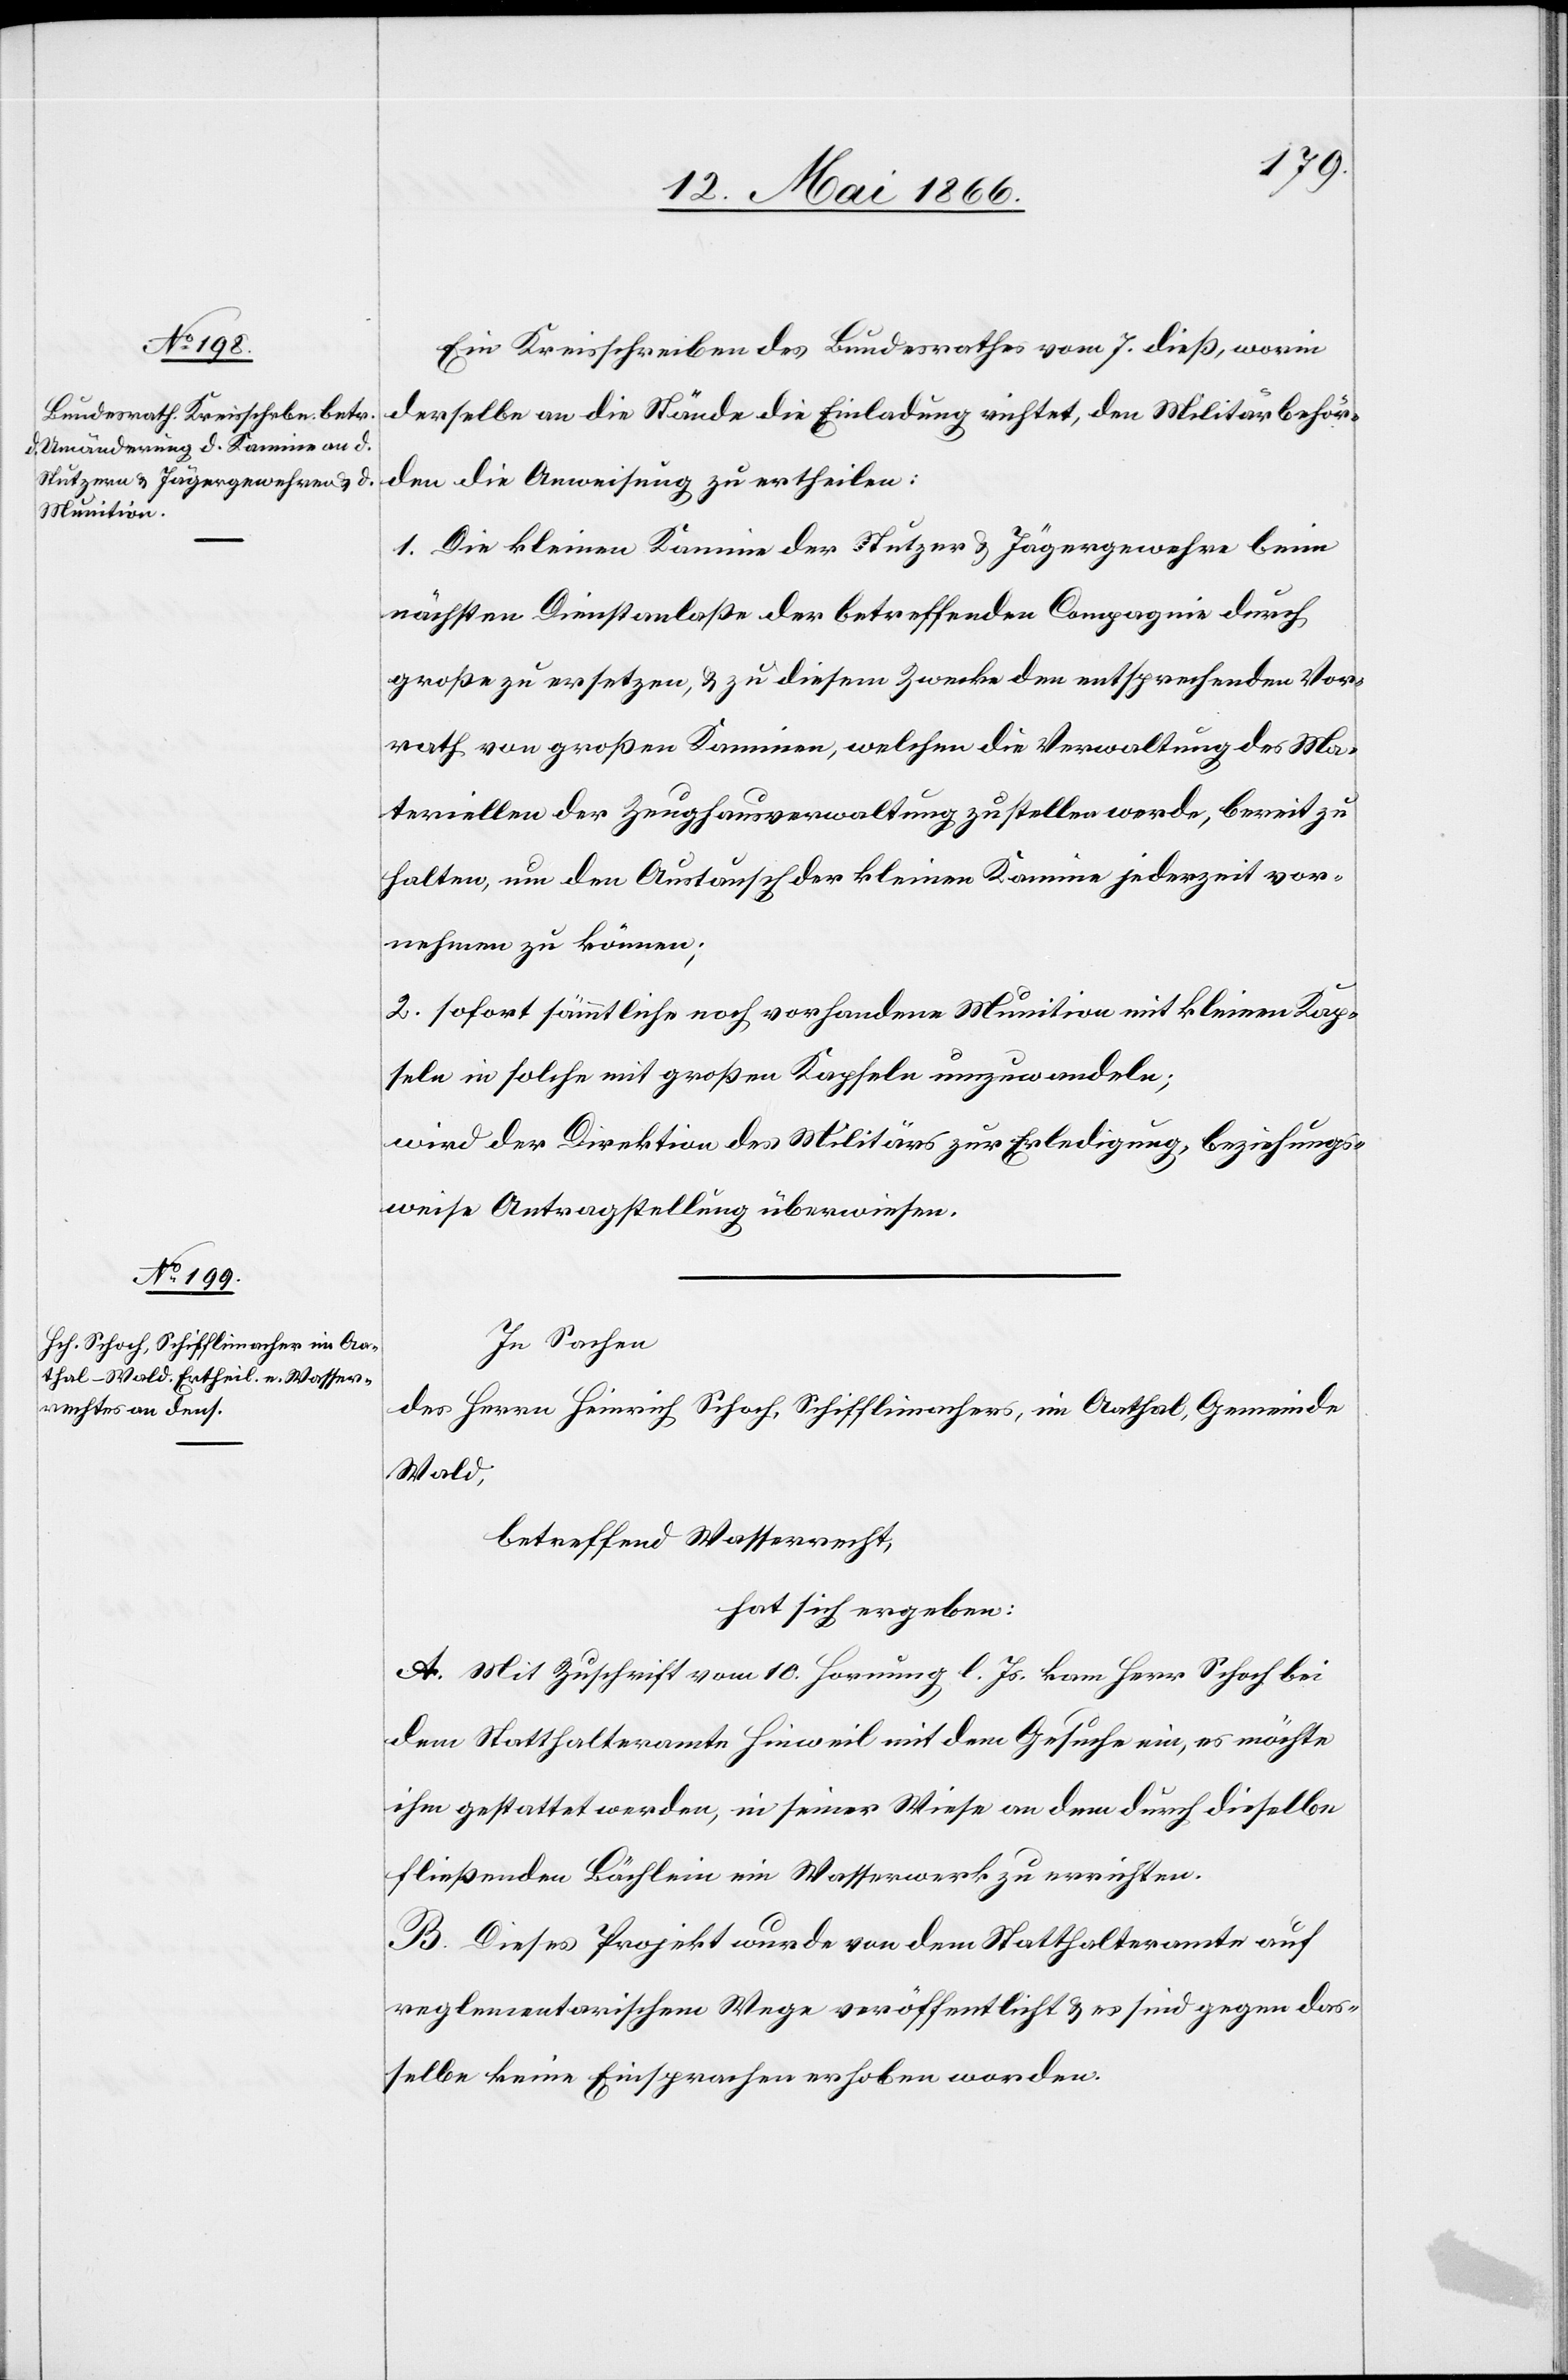
Ein Kreisschreiben des Bundesrathes vom 7. dieß, worin
derselbe an die Stände die Einladung richtet, den Militärbehör¬
den die Anweisung zu ertheilen:
1. Die kleinen Kamine der Stutzer u. Jägergewehre beim
nächsten Dienstanlaße der betreffenden Compagnie durch
große zu ersetzen, u. zu diesem Zwecke den entsprechenden Vor¬
rath von großen Kaminen, welchen die Verwaltung des Ma¬
teriellen der Zeughausverwaltung zustellen werde, bereit zu
halten, um den Austausch der kleinen Kamine jederzeit vor¬
nehmen zu können;
2. sofort sämmtliche noch vorhandene Munition mit kleinen Kap¬
seln in solche mit großen Kapseln umzuwandeln;
wird der Direktion des Militärs zur Erledigung, beziehungs¬
weise Antragstellung überwiesen.
In Sachen
des Herrn Heinrich Schoch, Schifflimacher, im Aathal, Gemeinde
Wald,
betreffend Wasserrecht,
hat sich ergeben:
A. Mit Zuschrift vom 10. Hornung l. Js. kam Herr Schoch bei
dem Statthalteramte Hinweil mit dem Gesuche ein, es möchte
ihm gestattet werden, in seiner Wiese an dem durch dieselbe
fließenden Bächlein ein Wasserwerk zu errichten.
B. Dieses Projekt wurde von dem Statthalteramte auf
reglementarischem Wege veröffentlich u. es sind gegen das¬
selbe keine Einsprachen erhoben worden.